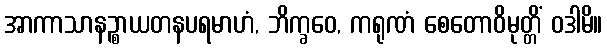
အာကာသာနဉ္စာယတနပရမာဟံ, ဘိက္ခဝေ, ကရုဏံ စေတောဝိမုတ္တိံ ဝဒါမိ။